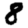
Digit: 8